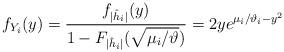
LaTeX: \begin{align*}f_{Y_i}(y)&=\frac{f_{|\hat{h}_i|}(y)}{1-F_{|\hat{h}_i|}(\sqrt{\mu_i/\vartheta})}=2y e^{\mu_i/\vartheta_i-y^2}\end{align*}